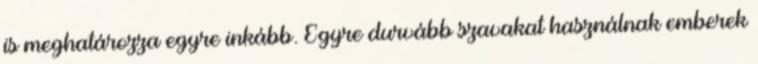
is meghatározza egyre inkább. Egyre durvább szavakat használnak emberek